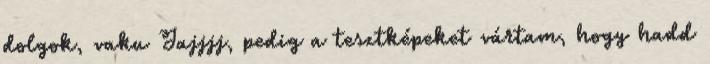
dolgok, vaku Jajjjj, pedig a tesztképeket vártam, hogy hadd